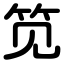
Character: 笕